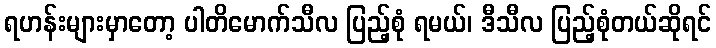
ရဟန်းများမှာတော့ ပါတိမောက်သီလ ပြည့်စုံ ရမယ်၊ ဒီသီလ ပြည့်စုံတယ်ဆိုရင်